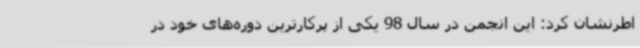
اطرنشان کرد: این انجمن در سال 98 یکی از پرکارترین دوره‌های خود در